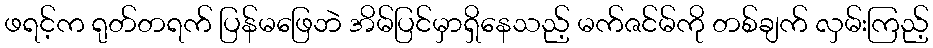
ဖရင့်က ရုတ်တရက် ပြန်မဖြေဘဲ အိမ်ပြင်မှာရှိနေသည့် မက်ဇင်မ်ကို တစ်ချက် လှမ်းကြည့်